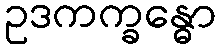
ဥဒကက္ခန္ဓော